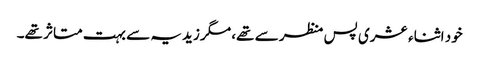
خود اثناء عشری پس منظر سے تھے، مگر زیدیہ سے بہت متاثر تھے۔